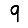
Digit: 9